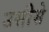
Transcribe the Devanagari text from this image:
उसीसे